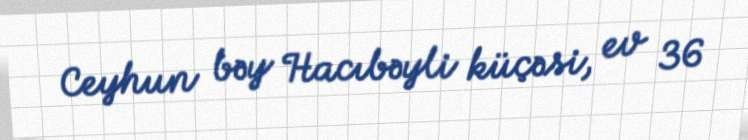
Ceyhun bəy Hacıbəyli küçəsi, ev 36